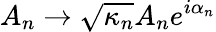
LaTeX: A_{n}\to\sqrt{\kappa_{n}}A_{n}e^{i\alpha_{n}}